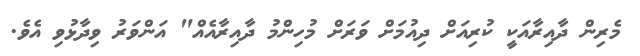
މެރިން ދާއިރާއަކީ ކުރިއަށް ދިއުމަށް ވަރަށް މުހިންމު ދާއިރާއެއް" އަންވަރު ވިދާޅުވި އެވެ.